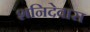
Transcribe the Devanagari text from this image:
शनिदेवास